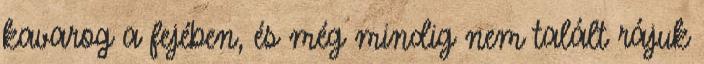
kavarog a fejében, és még mindig nem talált rájuk